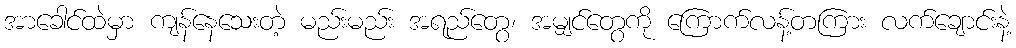
အာခေါင်ထဲမှာ ကျန်နေသေးတဲ့ မည်းမည်း အရည်တွေ၊ အမျှင်တွေကို ကြောက်လန့်တကြား လက်ချောင်းနဲ့